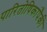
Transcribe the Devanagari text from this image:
पारितोषिकांपैकी